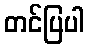
တင်ပြပါ